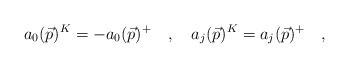
\begin{align*}a_0(\vec{p})^K = -a_0(\vec{p})^+ \quad ,\quad a_j(\vec{p})^K=a_j(\vec{p})^+ \quad ,\end{align*}